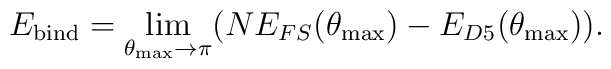
E_{\rm bind}=\lim_{\theta_{\rm max}\rightarrow\pi}            (NE_{FS}(\theta_{\rm max})-E_{D5}(\theta_{\rm max})).